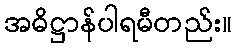
အဓိဋ္ဌာန်ပါရမီတည်း။